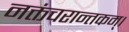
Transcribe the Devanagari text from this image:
नक्तंचरान्तकम्‌।